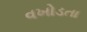
વખોડતા